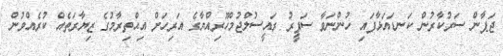
ޖަޕާން ސަރުކާރުން ކަނޑައަޅާފައި ހުންނަވާ ސަފީރު ރައީސުލްޖުމްހޫރިއްޔާގެ އަރިހަށް އިޙްތިރާމުގެ ޒިޔާރަތެއް ކުރެއްވުން